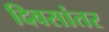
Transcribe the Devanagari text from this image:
दिवसांतर